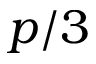
p / 3